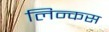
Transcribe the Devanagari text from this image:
लिन्कस